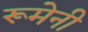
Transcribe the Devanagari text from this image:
रूमेनी